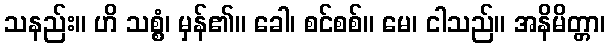
သနည်း။ ဟိ သစ္စံ၊ မှန်၏။ ခေါ၊ စင်စစ်။ မေ၊ ငါသည်။ အနိမိတ္တာ၊